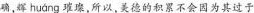
确，辉 huáng 璀璨，所以，美德的积累不会因为其过于